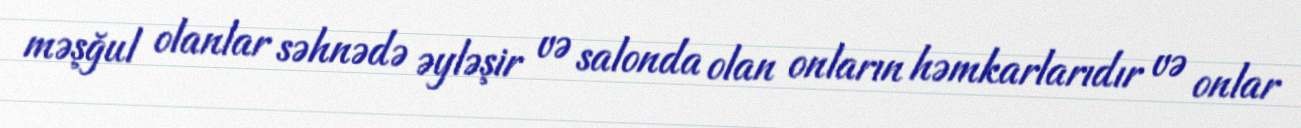
məşğul olanlar səhnədə əyləşir və salonda olan onların həmkarlarıdır və onlar